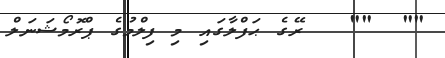
""  ""   ރޭގެ ޙަފްލާގައި މި ފިލްމުގެ ޕްރޮމޯޝަނަލް